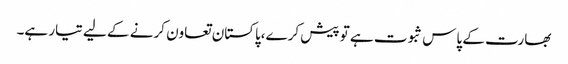
بھارت کے پاس ثبوت ہے تو پیش کرے،پاکستان تعاون کرنے کے لیے تیار ہے۔